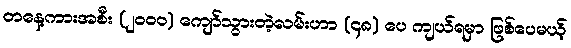
တနေ့ကားအစီး (၂၀၀၀) ကျော်သွားတဲ့လမ်းဟာ (၄၈) ပေ ကျယ်ရမှာ ဖြစ်ပေမယ့်